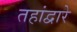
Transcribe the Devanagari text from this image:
तहांद्वारे